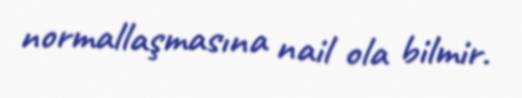
normallaşmasına nail ola bilmir.